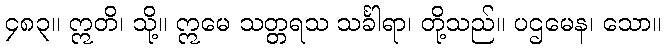
၄၈၃။ ဣတိ၊ သို့။ ဣမေ သတ္တရသ သင်္ခါရာ၊ တို့သည်။ ပဌမေန၊ သော။